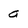
Character: a